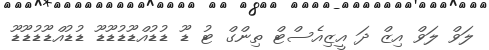
ލަވް ލަވް އިޒް ދަ އީޒިއެސްޓް ތިންގް ޓު ޑޫ ޑުޑުއްޑޫޑުޑޫޑޫ ޑުޑުއްޑޫޑުޑޫޑޫ